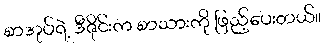
စာအုပ်ရဲ့ ဒီဇိုင်းက စာသားကို ဖြည့်ပေးတယ်။